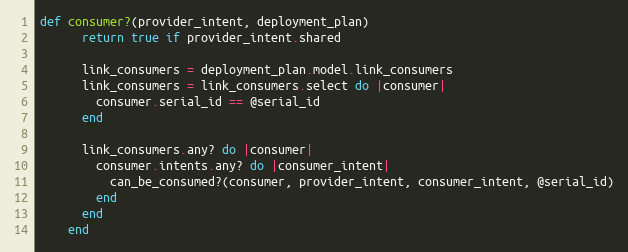
Language: Ruby
def consumer?(provider_intent, deployment_plan)
      return true if provider_intent.shared

      link_consumers = deployment_plan.model.link_consumers
      link_consumers = link_consumers.select do |consumer|
        consumer.serial_id == @serial_id
      end

      link_consumers.any? do |consumer|
        consumer.intents.any? do |consumer_intent|
          can_be_consumed?(consumer, provider_intent, consumer_intent, @serial_id)
        end
      end
    end